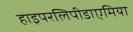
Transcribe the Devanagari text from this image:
हाइपरलिपीडाएमिया